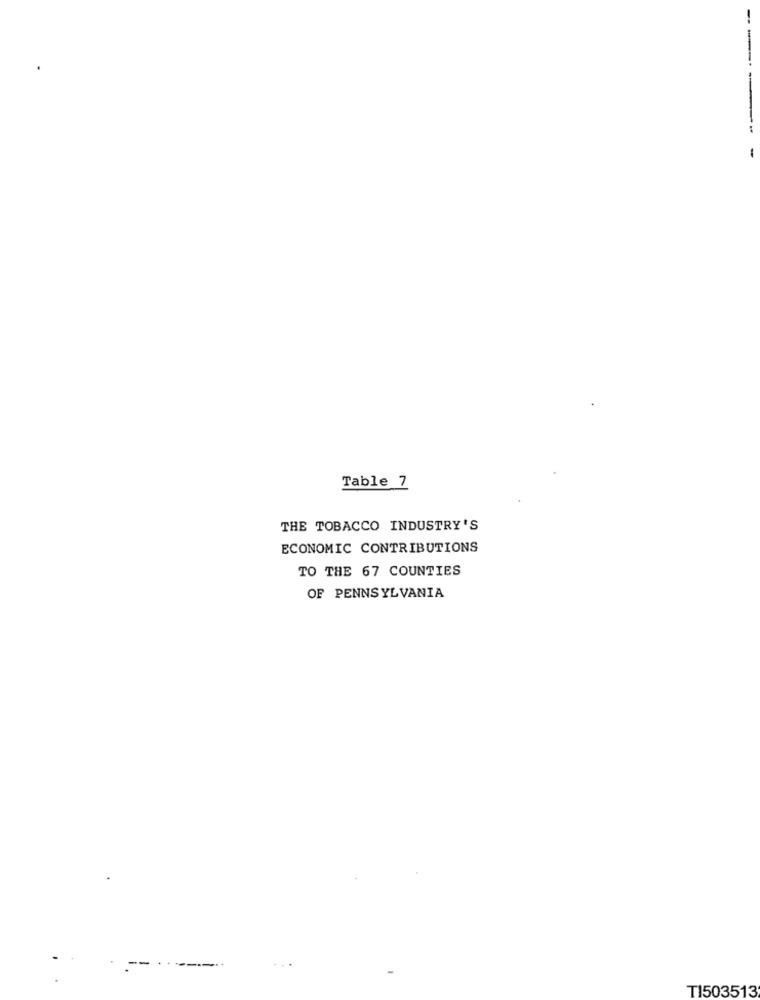
-
--*
-
Table 7
THE TOBACCO INDUSTRY'S
ECONOMIC CONTRIBUTIONS
TO THE 67 COUNTIES
OF PENNSYLVANIA
--
TI503513